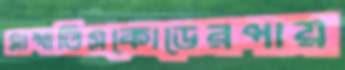
মাখাতিসকোডেরপায়